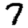
Digit: 7